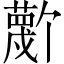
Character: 𫉼